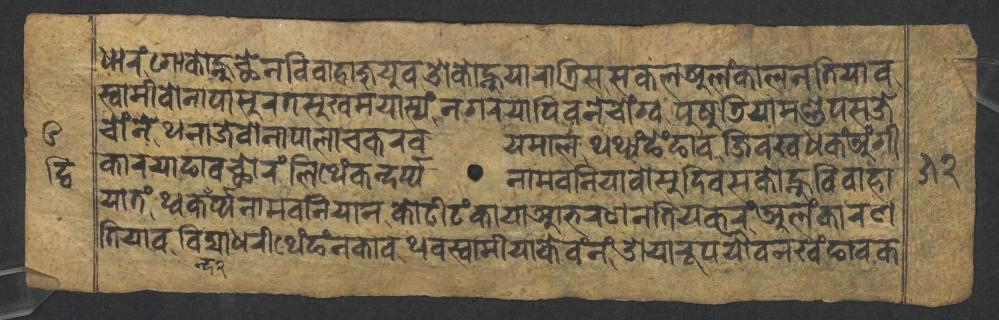
𑐢𑐵𑐬𑑄𑐐𑑀𑐎𑑀𑐣𑑂𑐴𑐸𑐕𑐾𑐣𑐰𑐶𑐰𑐵𑐴𑐵𑐖𑐸𑐫𑐸𑐰𑐌𑐎𑑀𑐣𑑂𑐴𑐸𑐫𑐵𑐬𑐵𑐟𑑂𑐬𑐶𑐳𑐳𑐎𑐮𑐀𑐮𑑄𑐎𑐵𑐮𑐣𑐟𑐶𑐫𑐵𑐰 𑐳𑑂𑐰𑐵𑐩𑐷𑐰𑑀𑐣𑐵𑐥𑐵𑐳𑐸𑐬𑐟𑐳𑐸𑐏𑐩𑐫𑐵𑐳𑑂𑐫𑑄𑐣𑐐𑐬𑐫𑐵𑐥𑐶𑐰𑐣𑐾𑐔𑑀𑑄𑐐𑑂𑐰𑐥𑐸𑐲𑐸𑐜𑐶𑐫𑐵𑐩𑐞𑑂𑐜𑐥𑐳𑐖𑐾 𑐔𑑀𑑄𑐣𑐾𑐠𑐣𑐵𑐖𑐾𑐰𑑀𑐣𑐵𑐥𑐵𑐮𑐵𑐔𑐎𑐬𑐰𑐫𑐩𑐵𑐮𑐠𑐠𑑂𑐫𑑄𑐒𑐾𑑄𑐒𑐵𑐰𑐖𑐶𑐰𑐏𑐢𑐎𑑄𑐀𑑄𑐐𑐷 𑐎𑐵𑐬𑐫𑐵𑐒𑐵𑐰𑐕𑑀𑐬𑑄𑐮𑐶𑐠𑐾𑑄𑐎𑐣𑑂𑐡𑐬𑑂𑐥𑑂𑐥𑐣𑐵𑐩𑐧𑐣𑐶𑐫𑐵𑐰𑑀𑐳𑐸𑐡𑐶𑐰𑐳𑐎𑑀𑐣𑑂𑐴𑐸𑐰𑐶𑐰𑐵𑐴𑐵 𑐫𑐵𑐟𑑄𑐠𑑂𑐰𑐎𑐬𑑂𑐥𑑂𑐥𑐣𑐵𑐩𑐧𑐣𑐶𑐫𑐵𑐣𑐎𑑀𑐚𑐷𑐚𑑄𑐎𑐵𑐫𑐵𑐁𑐨𑐬𑐞𑐣𑐟𑐶𑐫𑐎𑐬𑑄𑐀𑐮𑑄𑐎𑐵𑐬𑐞 𑐟𑐶𑐫𑐵𑐰𑐰𑐶𑐡𑑂𑐫𑐵𑐢𑐬𑐷𑐠𑐾𑑄𑐒𑑄𑐣𑐎𑐵𑐰𑐠𑐰𑐳𑑂𑐰𑐵𑐩𑐷𑐫𑐵𑐎𑐾𑐰𑑄𑐣𑑄𑐌𑐫𑐵𑐬𑐹𑐥𑐫𑑁𑐰𑐣𑐏𑑄𑐒𑐵𑐰𑐎